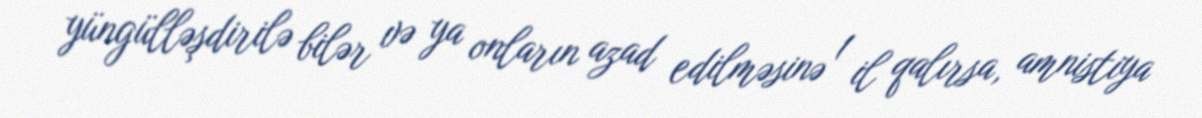
yüngülləşdirilə bilər və ya onların azad edilməsinə 1 il qalırsa, amnistiya